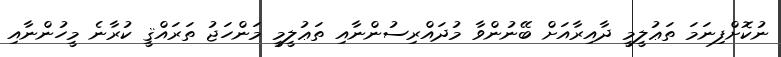
ނުކޮށްފިނަމަ ތަޢުލީމީ ދާއިރާއަށް ބޭނުންވާ މުދައްރިސުންނާއި ތަޢުލީމީ މަންހަޖު ތަރައްޤީ ކުރާނެ މީހުންނާއި